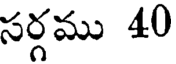
సర్గము 40